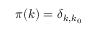
\pi ( k ) = \delta _ { k , k _ { 0 } }